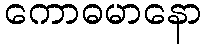
ကောဓမာနော